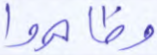
وظاهروا